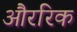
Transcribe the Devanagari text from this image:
औररिक